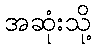
အဆုံးသို့